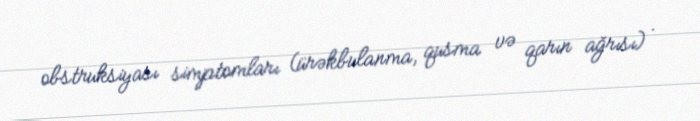
obstruksiyası simptomları (ürəkbulanma, qusma və qarın ağrısı) .